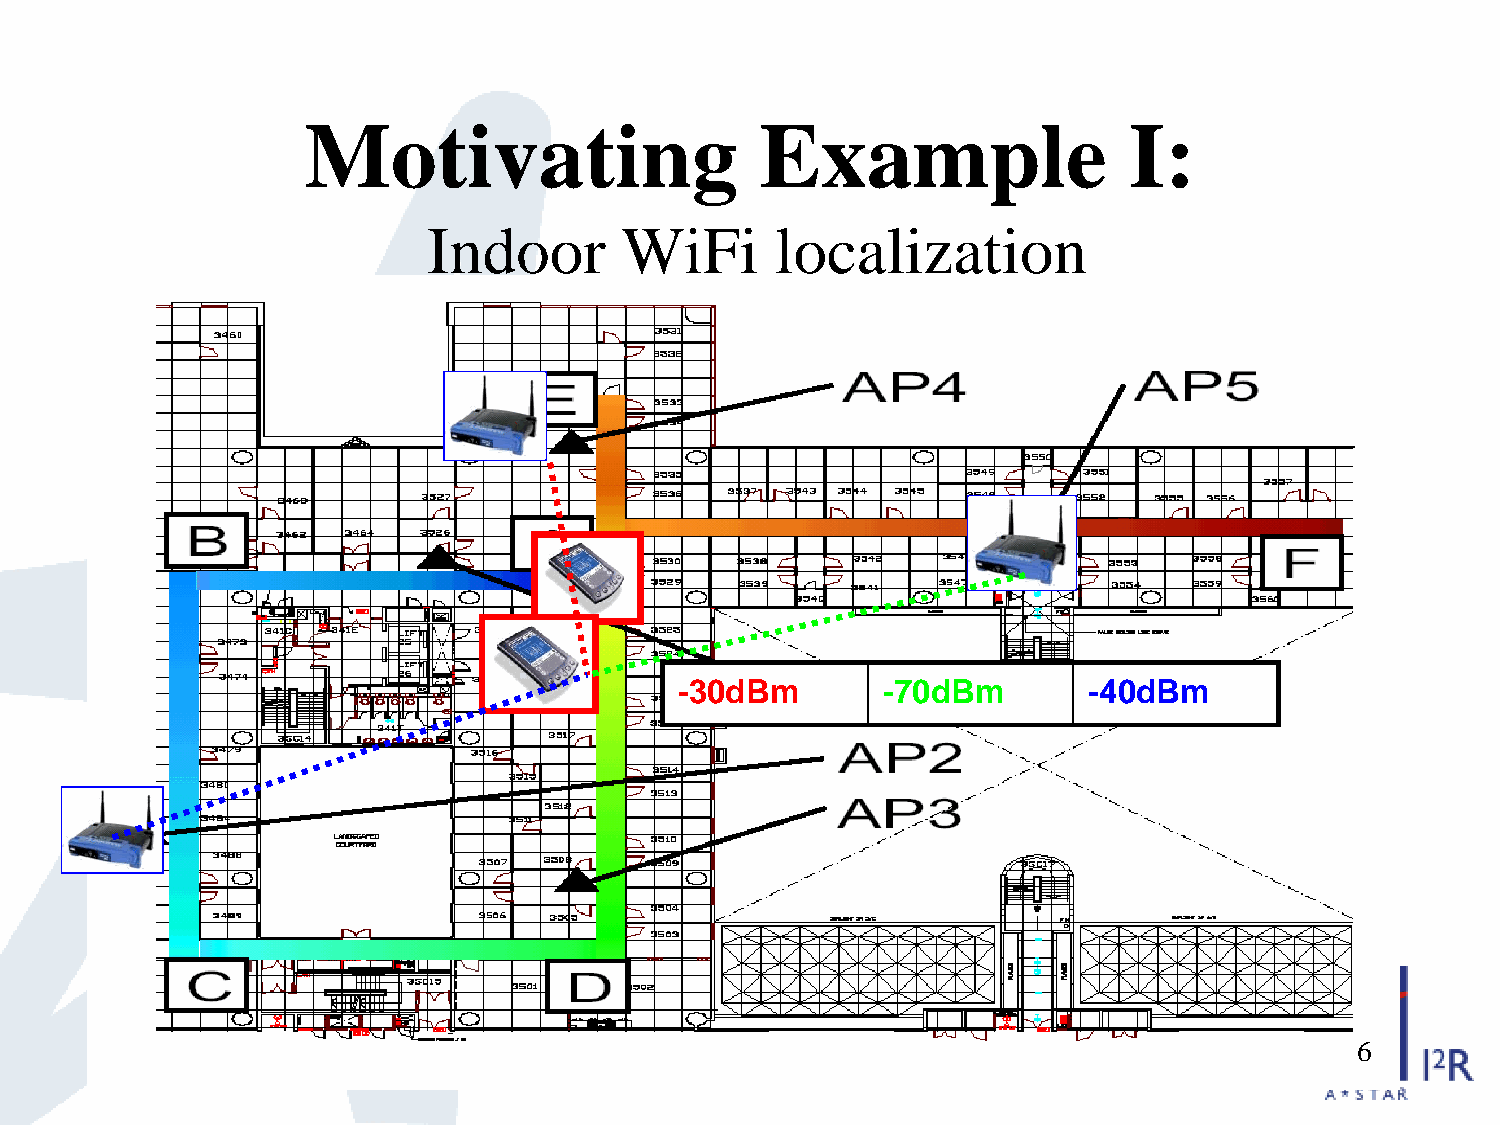
Motivating                    Example                  I:
 Indoor       WiFi      localization
 -30dBm       -70dBm        -40dBm
 6